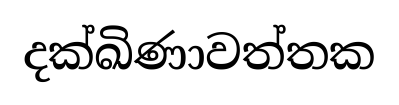
දක්ඛිණාවත්තක